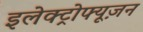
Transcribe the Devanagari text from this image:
इलेक्ट्रोफ्यूज़न